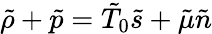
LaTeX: \tilde{\rho}+\tilde{p}=\tilde{T}_{0}\tilde{s}+\tilde{\mu}\tilde{n}